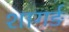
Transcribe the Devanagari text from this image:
शागर्ङ